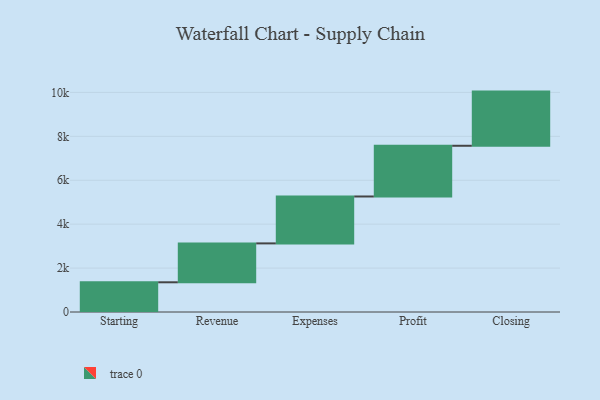
{"axis": {"x": "Step", "y": "Value"}, "legend": [""], "data": [{"x": "Starting", "y": 1353.0, "type": ""}, {"x": "Revenue", "y": 1772.0, "type": ""}, {"x": "Expenses", "y": 2136.0, "type": ""}, {"x": "Profit", "y": 2310.0, "type": ""}, {"x": "Closing", "y": 2467.0, "type": ""}]}